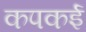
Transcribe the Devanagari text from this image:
कपकई